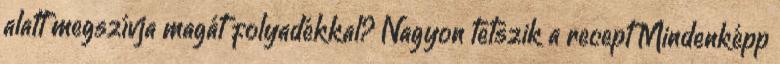
alatt megszívja magát folyadékkal? Nagyon tetszik a recept Mindenképp